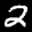
Label: 2